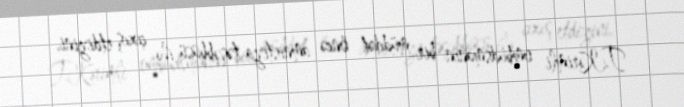
T.Kərimli ombudsmanın bir müddət öncə amnistiya təşəbbüsü ilə çıxış etdiyini,